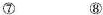
⑦ ⑧